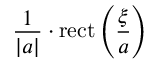
{ \frac { 1 } { | a | } } \cdot \operatorname { r e c t } \left( { \frac { \xi } { a } } \right)